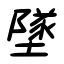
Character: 墜